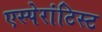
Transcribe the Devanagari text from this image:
एस्पेरांटिस्ट